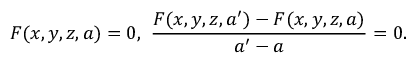
F ( x , y , z , a ) = 0 , \, \, { \frac { F ( x , y , z , a ^ { \prime } ) - F ( x , y , z , a ) } { a ^ { \prime } - a } } = 0 .